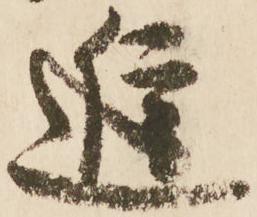
進